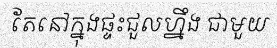
តែនៅក្នុងផ្ទះជួលហ្នឹង ជាមួយ